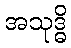
အသုဒ္ဓိ